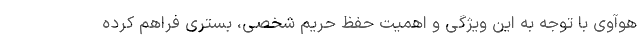
هوآوی با توجه به این ویژگی و اهمیت حفظ حریم شخصی، بستری فراهم کرده